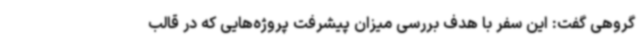
گروهی گفت: این سفر با هدف بررسی میزان پیشرفت پروژه‌هایی که در قالب